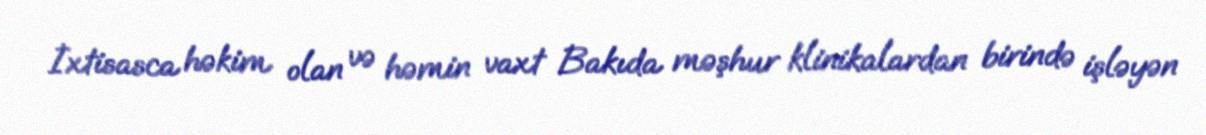
İxtisasca həkim olan və həmin vaxt Bakıda məşhur klinikalardan birində işləyən